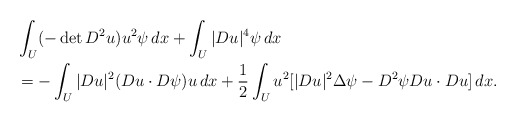
\begin{align*} & \int_U(-\det D^2u )u^2\psi\,dx + \int_U |Du|^4\psi \,dx\\&=-\int_U |Du|^2 (Du\cdot D\psi) u \,dx +\frac12\int_U u^2[ |Du|^2\Delta\psi -D^2\psi Du\cdot Du] \,dx. \end{align*}